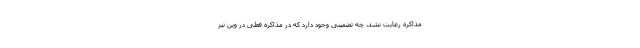
مذاکره رعایت نشد، چه تضمینی وجود دارد که در مذاکره فعلی در وین نیز